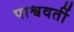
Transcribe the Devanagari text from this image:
पाश्ववर्ती